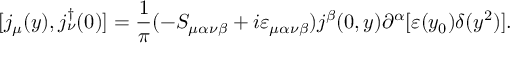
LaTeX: [ j _ { \mu } ( y ) , j _ { \nu } ^ { \dagger } ( 0 ) ] = \frac { 1 } { \pi } ( - S _ { \mu \alpha \nu \beta } + i \varepsilon _ { \mu \alpha \nu \beta } ) j ^ { \beta } ( 0 , y ) \partial ^ { \alpha } [ \varepsilon ( y _ { 0 } ) \delta ( y ^ { 2 } ) ] .